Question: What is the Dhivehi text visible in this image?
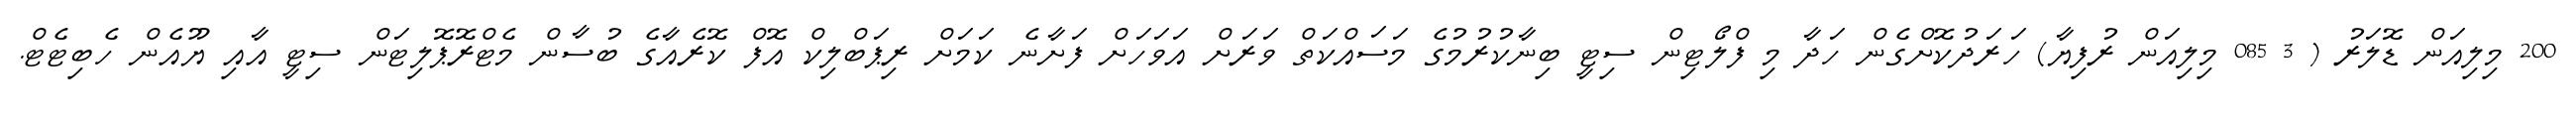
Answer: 200 މިލިއަން ޑޮލަރު ( 3 085 މިލިއަން ރުފިޔާ) ހަރަދުކޮށްގެން ހަދާ މި ފްލޯޓިން ސިޓީ ބިނާކުރުމުގެ މަސައްކަތް ވަރަށް އަވަހަށް ފަށާނެ ކަމަށް ރިޕަބްލިކް އޮފް ކޮރެއާގެ ބުސާން މެޓްރޮޕޮލިޓަން ސިޓީ އާއި ޔޫއެން ހެބިޓެޓް.